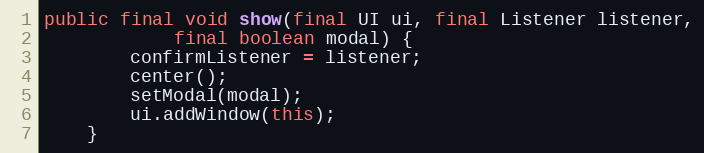
Language: Java
public final void show(final UI ui, final Listener listener,
            final boolean modal) {
        confirmListener = listener;
        center();
        setModal(modal);
        ui.addWindow(this);
    }